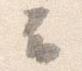
云